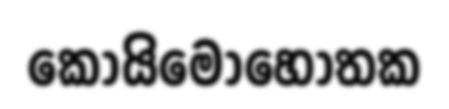
කොයිමොහොතක